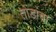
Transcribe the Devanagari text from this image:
तोंडांचा